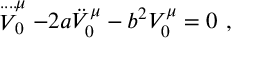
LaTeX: \stackrel { . . . . } V _ { 0 } ^ { \mu } - 2 a \ddot { V } _ { 0 } ^ { \mu } - b ^ { 2 } V _ { 0 } ^ { \mu } = 0 ~ ,